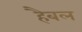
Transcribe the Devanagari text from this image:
हैबल